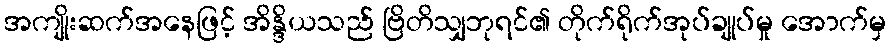
အကျိုးဆက်အနေဖြင့် အိန္ဒိယသည် ဗြိတိသျှဘုရင်၏ တိုက်ရိုက်အုပ်ချုပ်မှု အောက်မှ